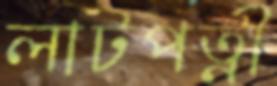
লাটপত্নী